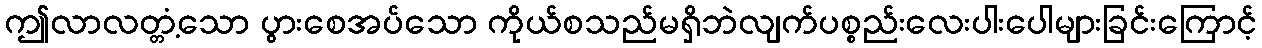
ဤလာလတ္တံ့သော ပွားစေအပ်သော ကိုယ်စသည်မရှိဘဲလျက်ပစ္စည်းလေးပါးပေါများခြင်းကြောင့်